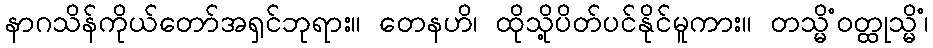
နာဂသိန်ကိုယ်တော်အရှင်ဘုရား။ တေနဟိ၊ ထိုသို့ပိတ်ပင်နိုင်မူကား။ တသ္မိံဝတ္ထုသ္မိံ၊